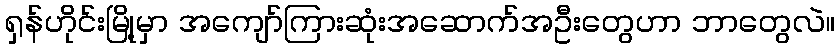
ရှန်ဟိုင်းမြို့မှာ အကျော်ကြားဆုံးအဆောက်အဦးတွေဟာ ဘာတွေလဲ။